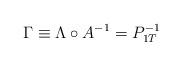
LaTeX: \begin{align*}\Gamma \equiv \Lambda\circ A^{-1} = P_{1T}^{-1}\end{align*}